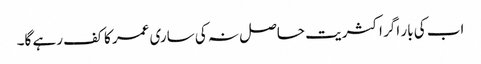
اب کی بار اگر اکثریت حاصل نہ کی ساری عمر کا کف رہے گا۔